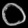
Digit: ၀